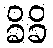
ခိခိ